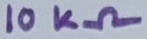
Text: 10KΩ